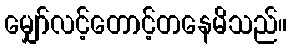
မျှော်လင့်တောင့်တနေမိသည်။